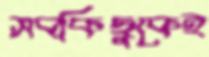
সবকিছুকেই